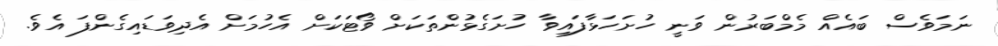
ނަމަވެސް ބައެއް މެމްބަރުން ވަނީ ހުށަހަޅާފައިވާ ހުށަގެޅުންތަކަށް ވޯޓަކަށް އެހުމަށް އެދިވަޑައިގެންފަ އެވެ.